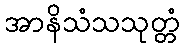
အာနိသံသသုတ္တံ